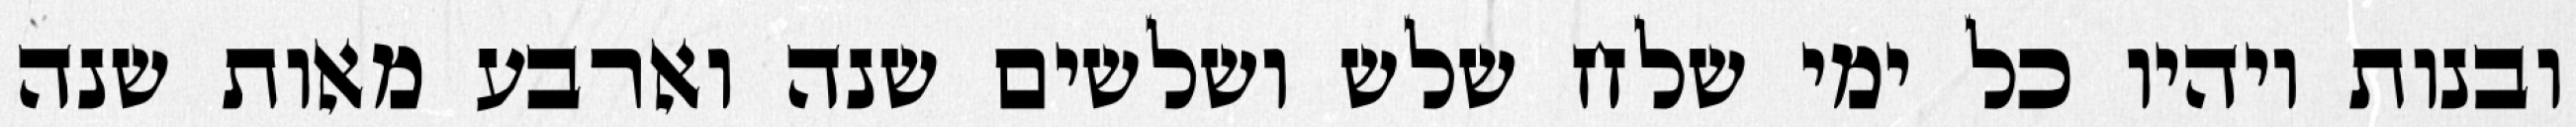
ובנות ויהיו כל ימי שלח שלש ושלשים שנה וארבע מאות שנה